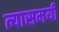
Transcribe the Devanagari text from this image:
त्यासमयी